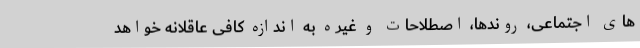
های اجتماعی، روندها، اصطلاحات و غیره به اندازه کافی عاقلانه خواهد